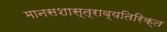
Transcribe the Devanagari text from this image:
मानसशास्त्राव्यतिरिक्त